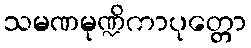
သမဏမုဏ္ဍိကာပုတ္တော